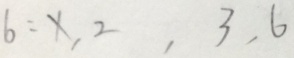
b = x , 2 , 3 , 6